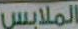
الملابس